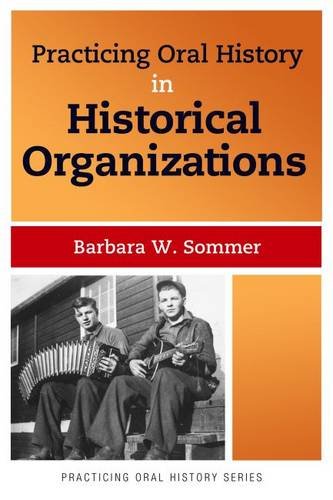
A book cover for Practicing Oral History in Historical Organizations; Barbara W Sommer; History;